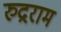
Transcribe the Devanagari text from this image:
रुद्रराम